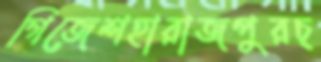
গিজেশহারাজপুরচ্